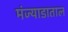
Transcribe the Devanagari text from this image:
मंज्याडाताल